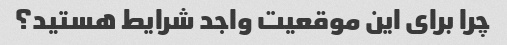
چرا برای این موقعیت واجد شرایط هستید؟